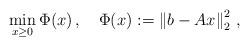
LaTeX: \begin{align*}\min_{x\geq0}\Phi(x)\,,\quad\Phi(x):=\left\Vert b-Ax\right\Vert_2^2\,,\end{align*}